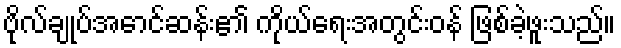
ဗိုလ်ချုပ်အောင်ဆန်း၏ ကိုယ်ရေးအတွင်းဝန် ဖြစ်ခဲ့ဖူးသည်။